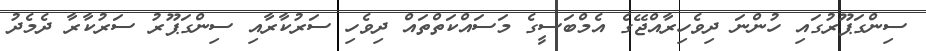
ސިންގަޕޫރުގައި ހުންނަ ދިވެހިރާއްޖޭގެ އެމްބަސީގެ މަސައްކަތްތައް ދިވެހި ސަރުކާރާއި ސިންގަޕޫރު ސަރުކާރާ ދެމެދު